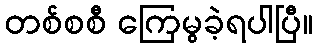
တစ်စစီ ကြေမွခဲ့ရပါပြီ။